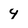
Character: 4